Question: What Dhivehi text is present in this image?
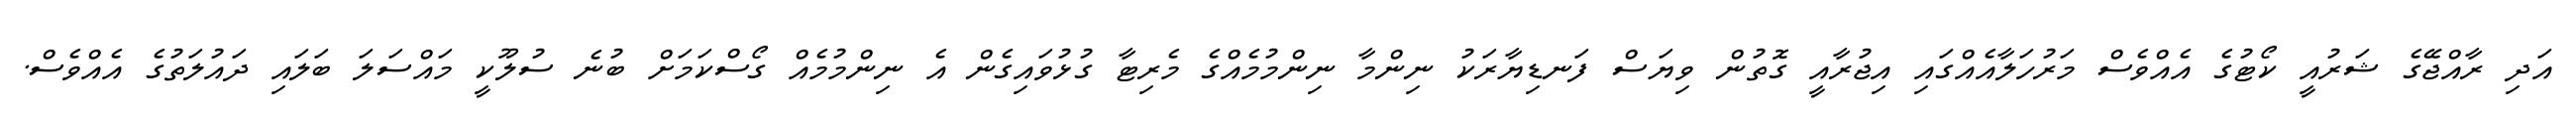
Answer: އަދި ރާއްޖޭގެ ޝަރުއީ ކޯޓުގެ އެއްވެސް މަރުހަލާއެއްގައި އިޖުރާއީ ގޮތުން ވިޔަސް ފަނޑިޔާރަކު ނިންމާ ނިންމުމެއްގެ މެރިޓާ ގުޅުވައިގެން އެ ނިންމުމެއް ގޯސްކަމަށް ބުނެ ސުލޫކީ މައްސަލަ ބަލައި ދައުލަތުގެ އެއްވެސް.